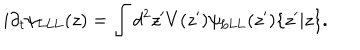
LaTeX: i \partial _ { t } \psi _ { \mathrm { L L L } } ( z ) = \int d ^ { 2 } z ^ { \prime } V ( z ^ { \prime } ) \psi _ { \mathrm { L L L } } ( z ^ { \prime } ) \{ z ^ { \prime } | z \} .